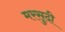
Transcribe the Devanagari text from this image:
मरसुदी